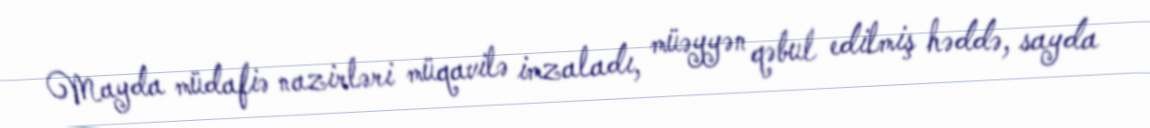
Mayda müdafiə nazirləri müqavilə imzaladı, müəyyən qəbul edilmiş həddə, sayda